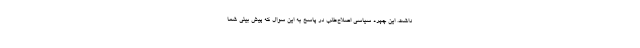
داشت. این چهره سیاسی اصلاح‌طلب در پاسخ به این سوال که پیش بینی شما